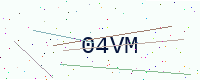
Text: 04VM